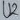
Text: U2